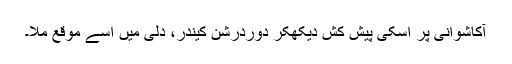
آکاشوانی پر اُسکی پیش کش دیکھکر دُوردرْشن کینْدْر، دلی میں اُسے موقع مِلا۔